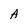
Character: A